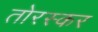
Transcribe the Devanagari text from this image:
तोरस्कर